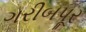
ગરીબપૂર